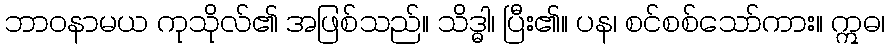
ဘာဝနာမယ ကုသိုလ်၏ အဖြစ်သည်။ သိဒ္ဓါ၊ ပြီး၏။ ပန၊ စင်စစ်သော်ကား။ ဣဓ၊